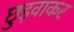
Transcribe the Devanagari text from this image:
छुड़वाकर